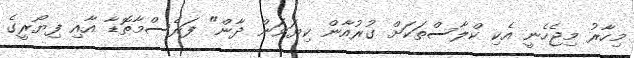
މިހާރު މިޖެހެނީ އެކި ކްލާސްތަކަށް ގުރުއާން ކިޔަވަން ދާން" ފަރެސްމާތޮޑާ އާއި ފިޔޯރީގެ